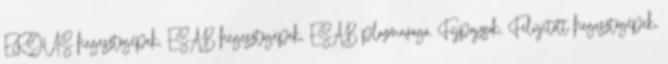
ERGUS hegesztőgépek, ESAB hegesztőgépek, ESAB plazmavágó, Fejpajzsok, Felújított hegesztőgépek,